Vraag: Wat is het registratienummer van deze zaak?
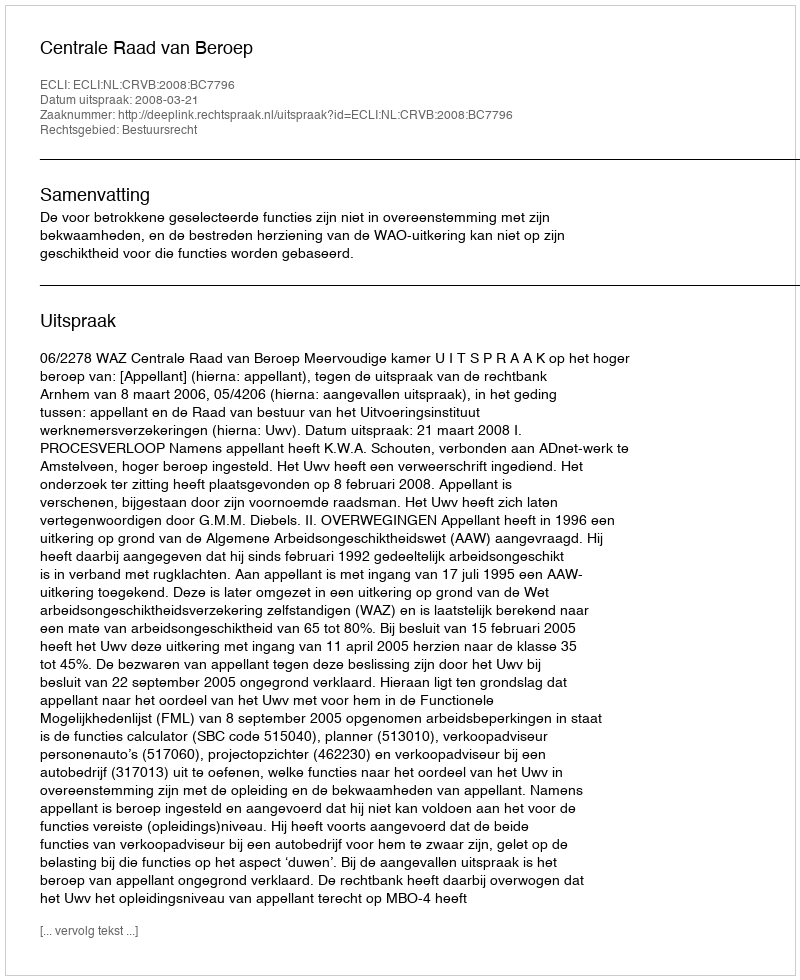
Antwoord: http://deeplink.rechtspraak.nl/uitspraak?id=ECLI:NL:CRVB:2008:BC7796